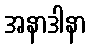
အနာဒါနာ